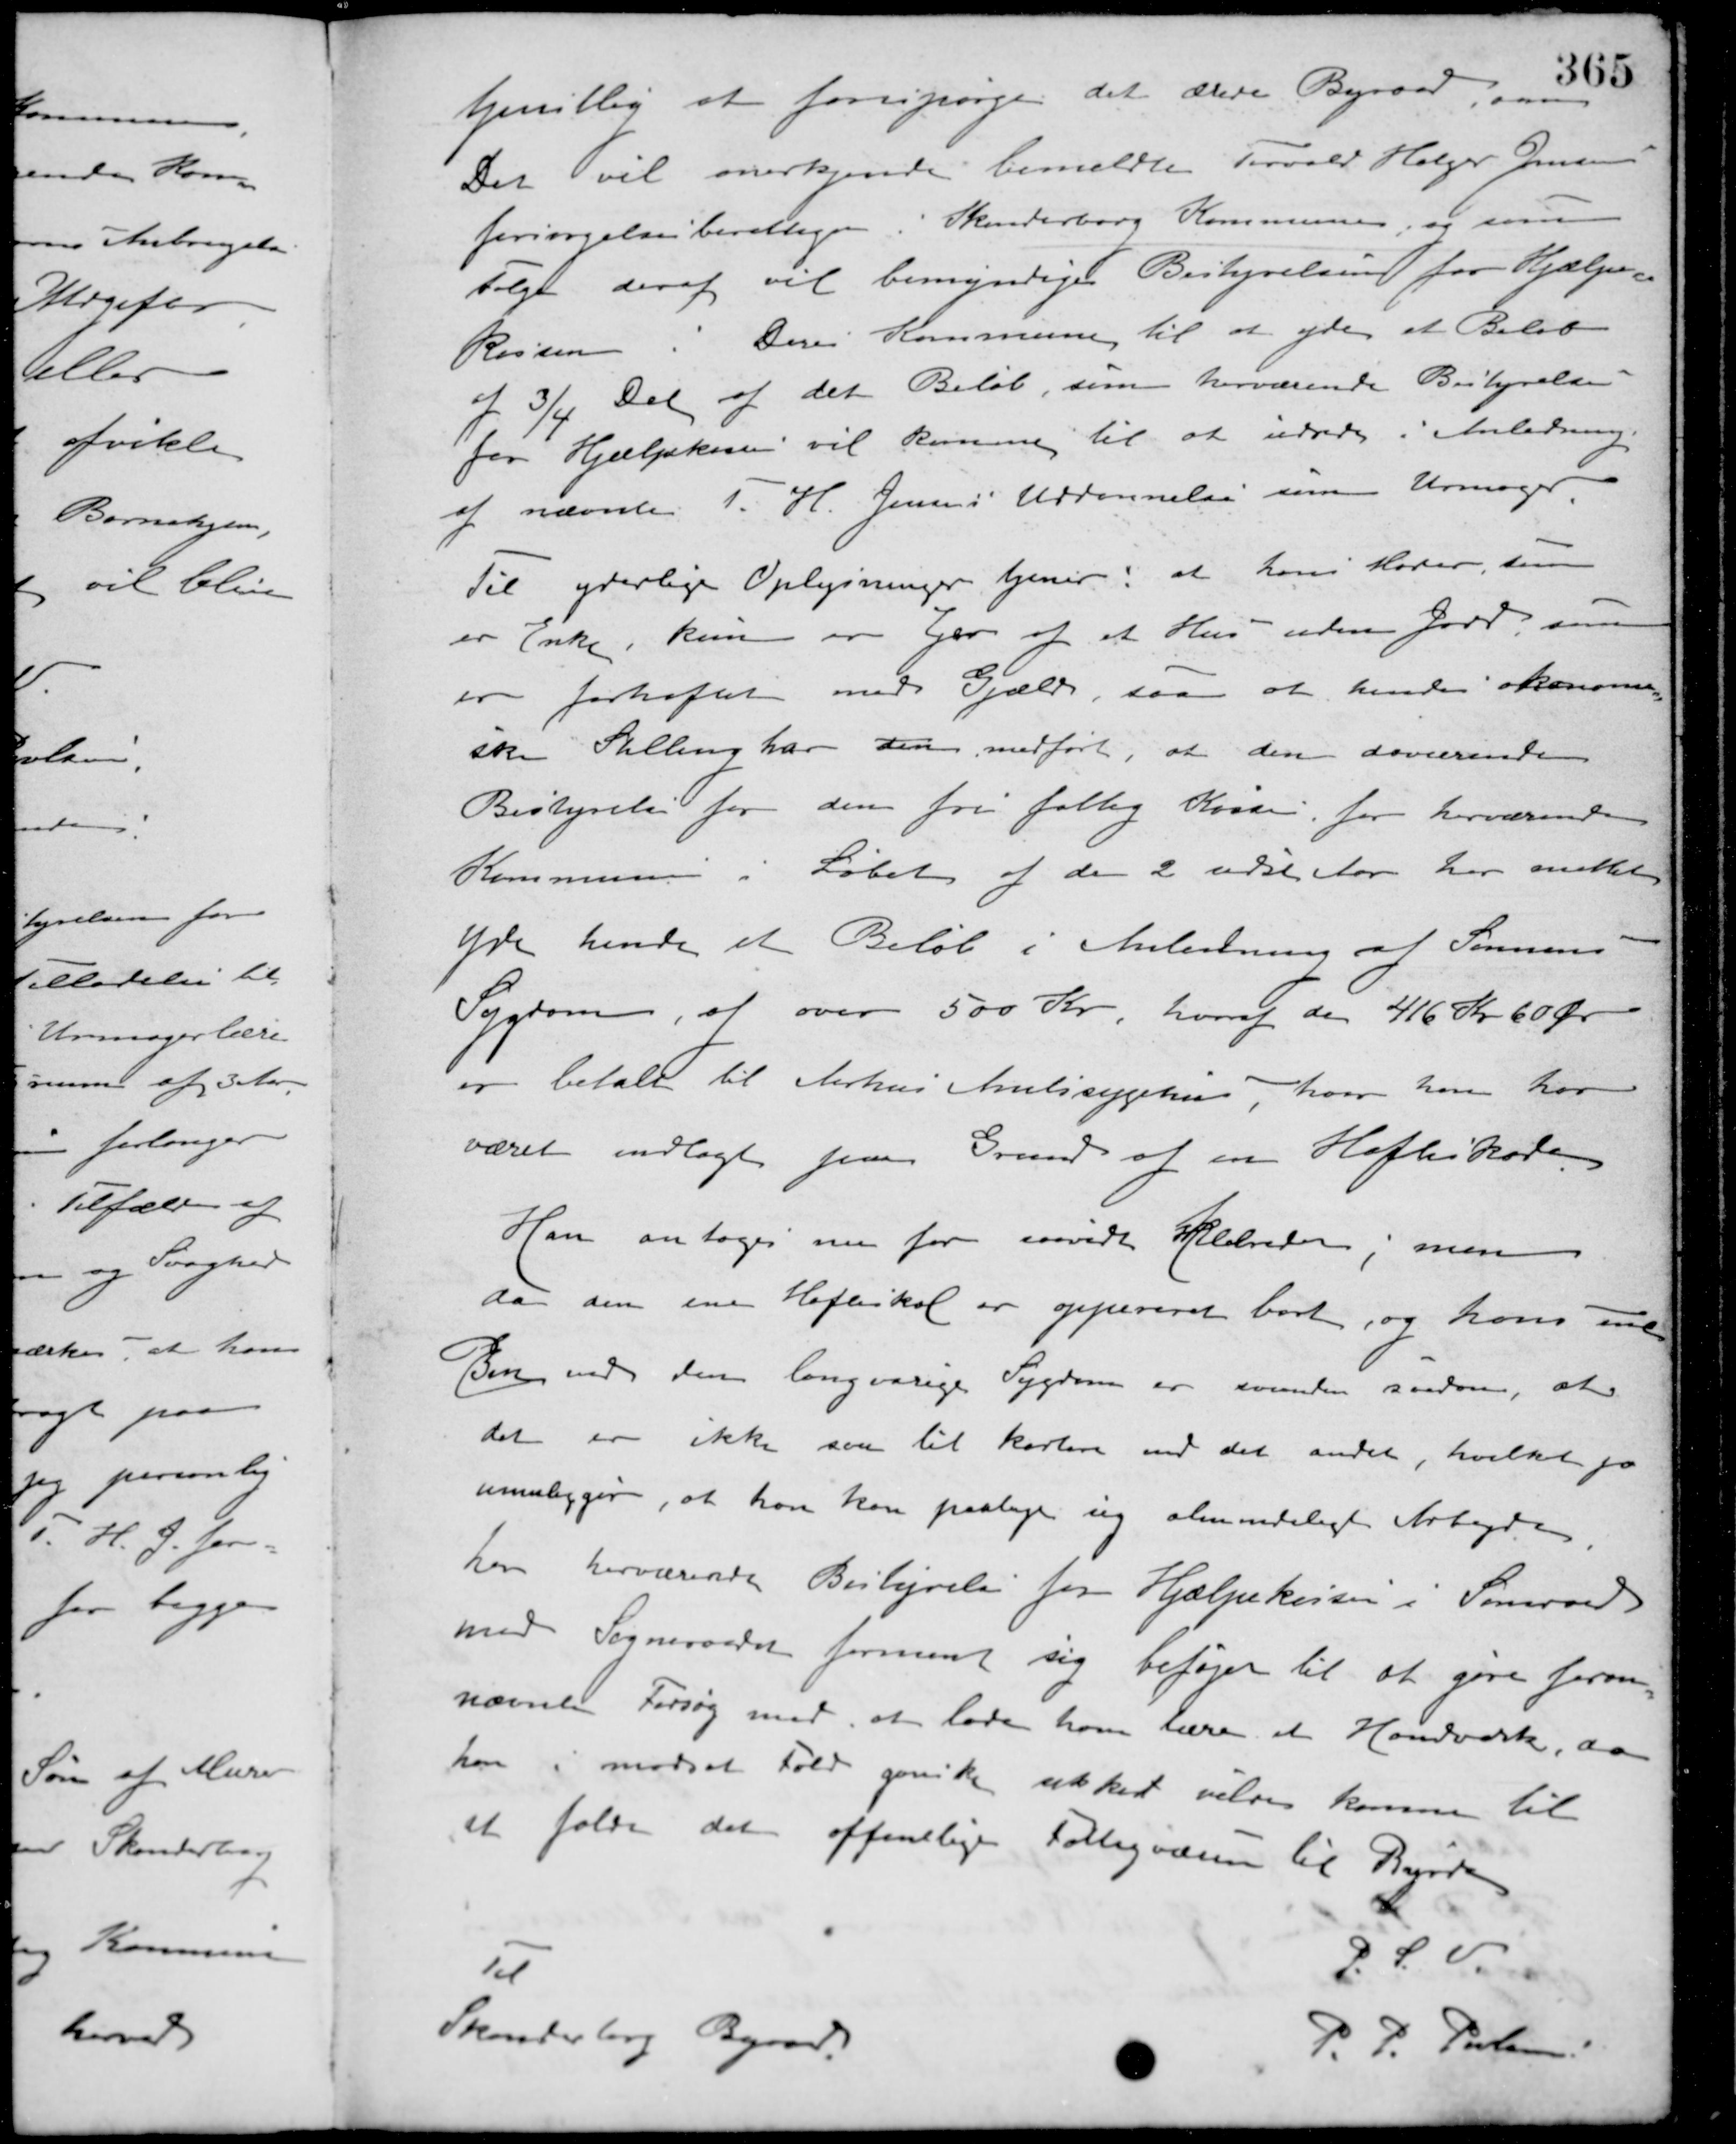
Transskription:
tjenstlig at forspørge det ærede Byraad, om
Det vil anerkjende bemeldte Torvald Holger Jensen
forsørgelsesberettiget i Skanderborg Kommune, og som
Følge deraf vil bemyndige Bestyrelsen for Hjælpe-
kassen i Deres Kommune til at yde et Beløb
af 3/4 Del af det Beløb, som herværende Bestyrelse
for Hjælpekassen vil komme til at udrede i Anledning
af nævnte T. H. Jensens Uddannelse som Urmager.
Til yderlige Oplysninger tjener at hans Moder, som
er Enke kun er Ejer af et Hus uden Jord, som
er forhæftet med Gjæld, saa at hendes økonomi-
ske Stilling har den medført, at den daværende
Bestyrelse for den fri fattig Kasse for herværende
Kommune i Løbet af de 2 sidste Aar har maattet
Yde hende et Beløb i Anledning af Sønnens
Sygdom, af over 500 Kr, hvoraf de 416 Kr. 60 Øre
er betalt til Aarhus Amtssygehus, hvor han har
været indlagt paa Grund af en Hofteskade.
Han antages nu for saavidt helbredt, men
da den ene Hofteskaal er oppereret bort, og hans ene
Ben med den langvarige Sygdom er svunden saadan, at
det er ikke saa lidt kortere end det andet, hvilket jo
umuliggør, at han kan paatage sig almindeligt Arbejde,
har herværende Bestyrelse fra Hjælpekassen i Samraad
med Sogneraadet forment sig beføjet til at gøre foran-
nævnte Forsøg med, at lade ham lære et Haandværk, da
han i modsat Fald ganske sikkert ville komme til
at falde det offentlige Fattigvæsen til Byrde.
P. S. V.
P. P. Poulsen
Til
Skanderborg Byraad